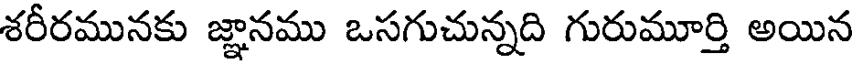
శరీరమునకు జ్ఞానము ఒసగుచున్నది గురుమూర్తి అయిన